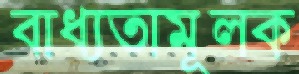
বাধ্যতামূলক